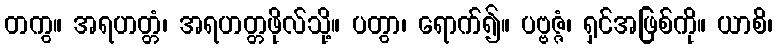
တကွ။ အရဟတ္တံ၊ အရဟတ္တဖိုလ်သို့။ ပတွာ၊ ရောက်၍။ ပဗ္ဗဇ္ဇံ၊ ရှင်အဖြစ်ကို။ ယာစိ၊